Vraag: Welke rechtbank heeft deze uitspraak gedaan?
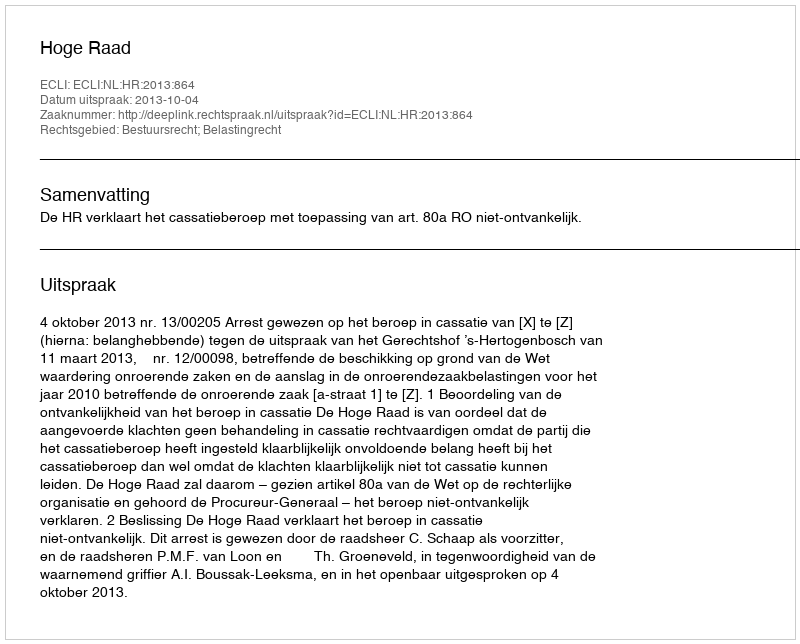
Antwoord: Hoge Raad